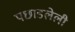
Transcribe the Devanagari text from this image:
पछाडलेली